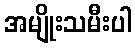
အမျိုးသမီးပါ